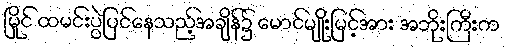
မြိုင် ထမင်းပွဲပြင်နေသည့်အချိန်၌ မောင်မျိုးမြင့်အား အဘိုးကြီးက